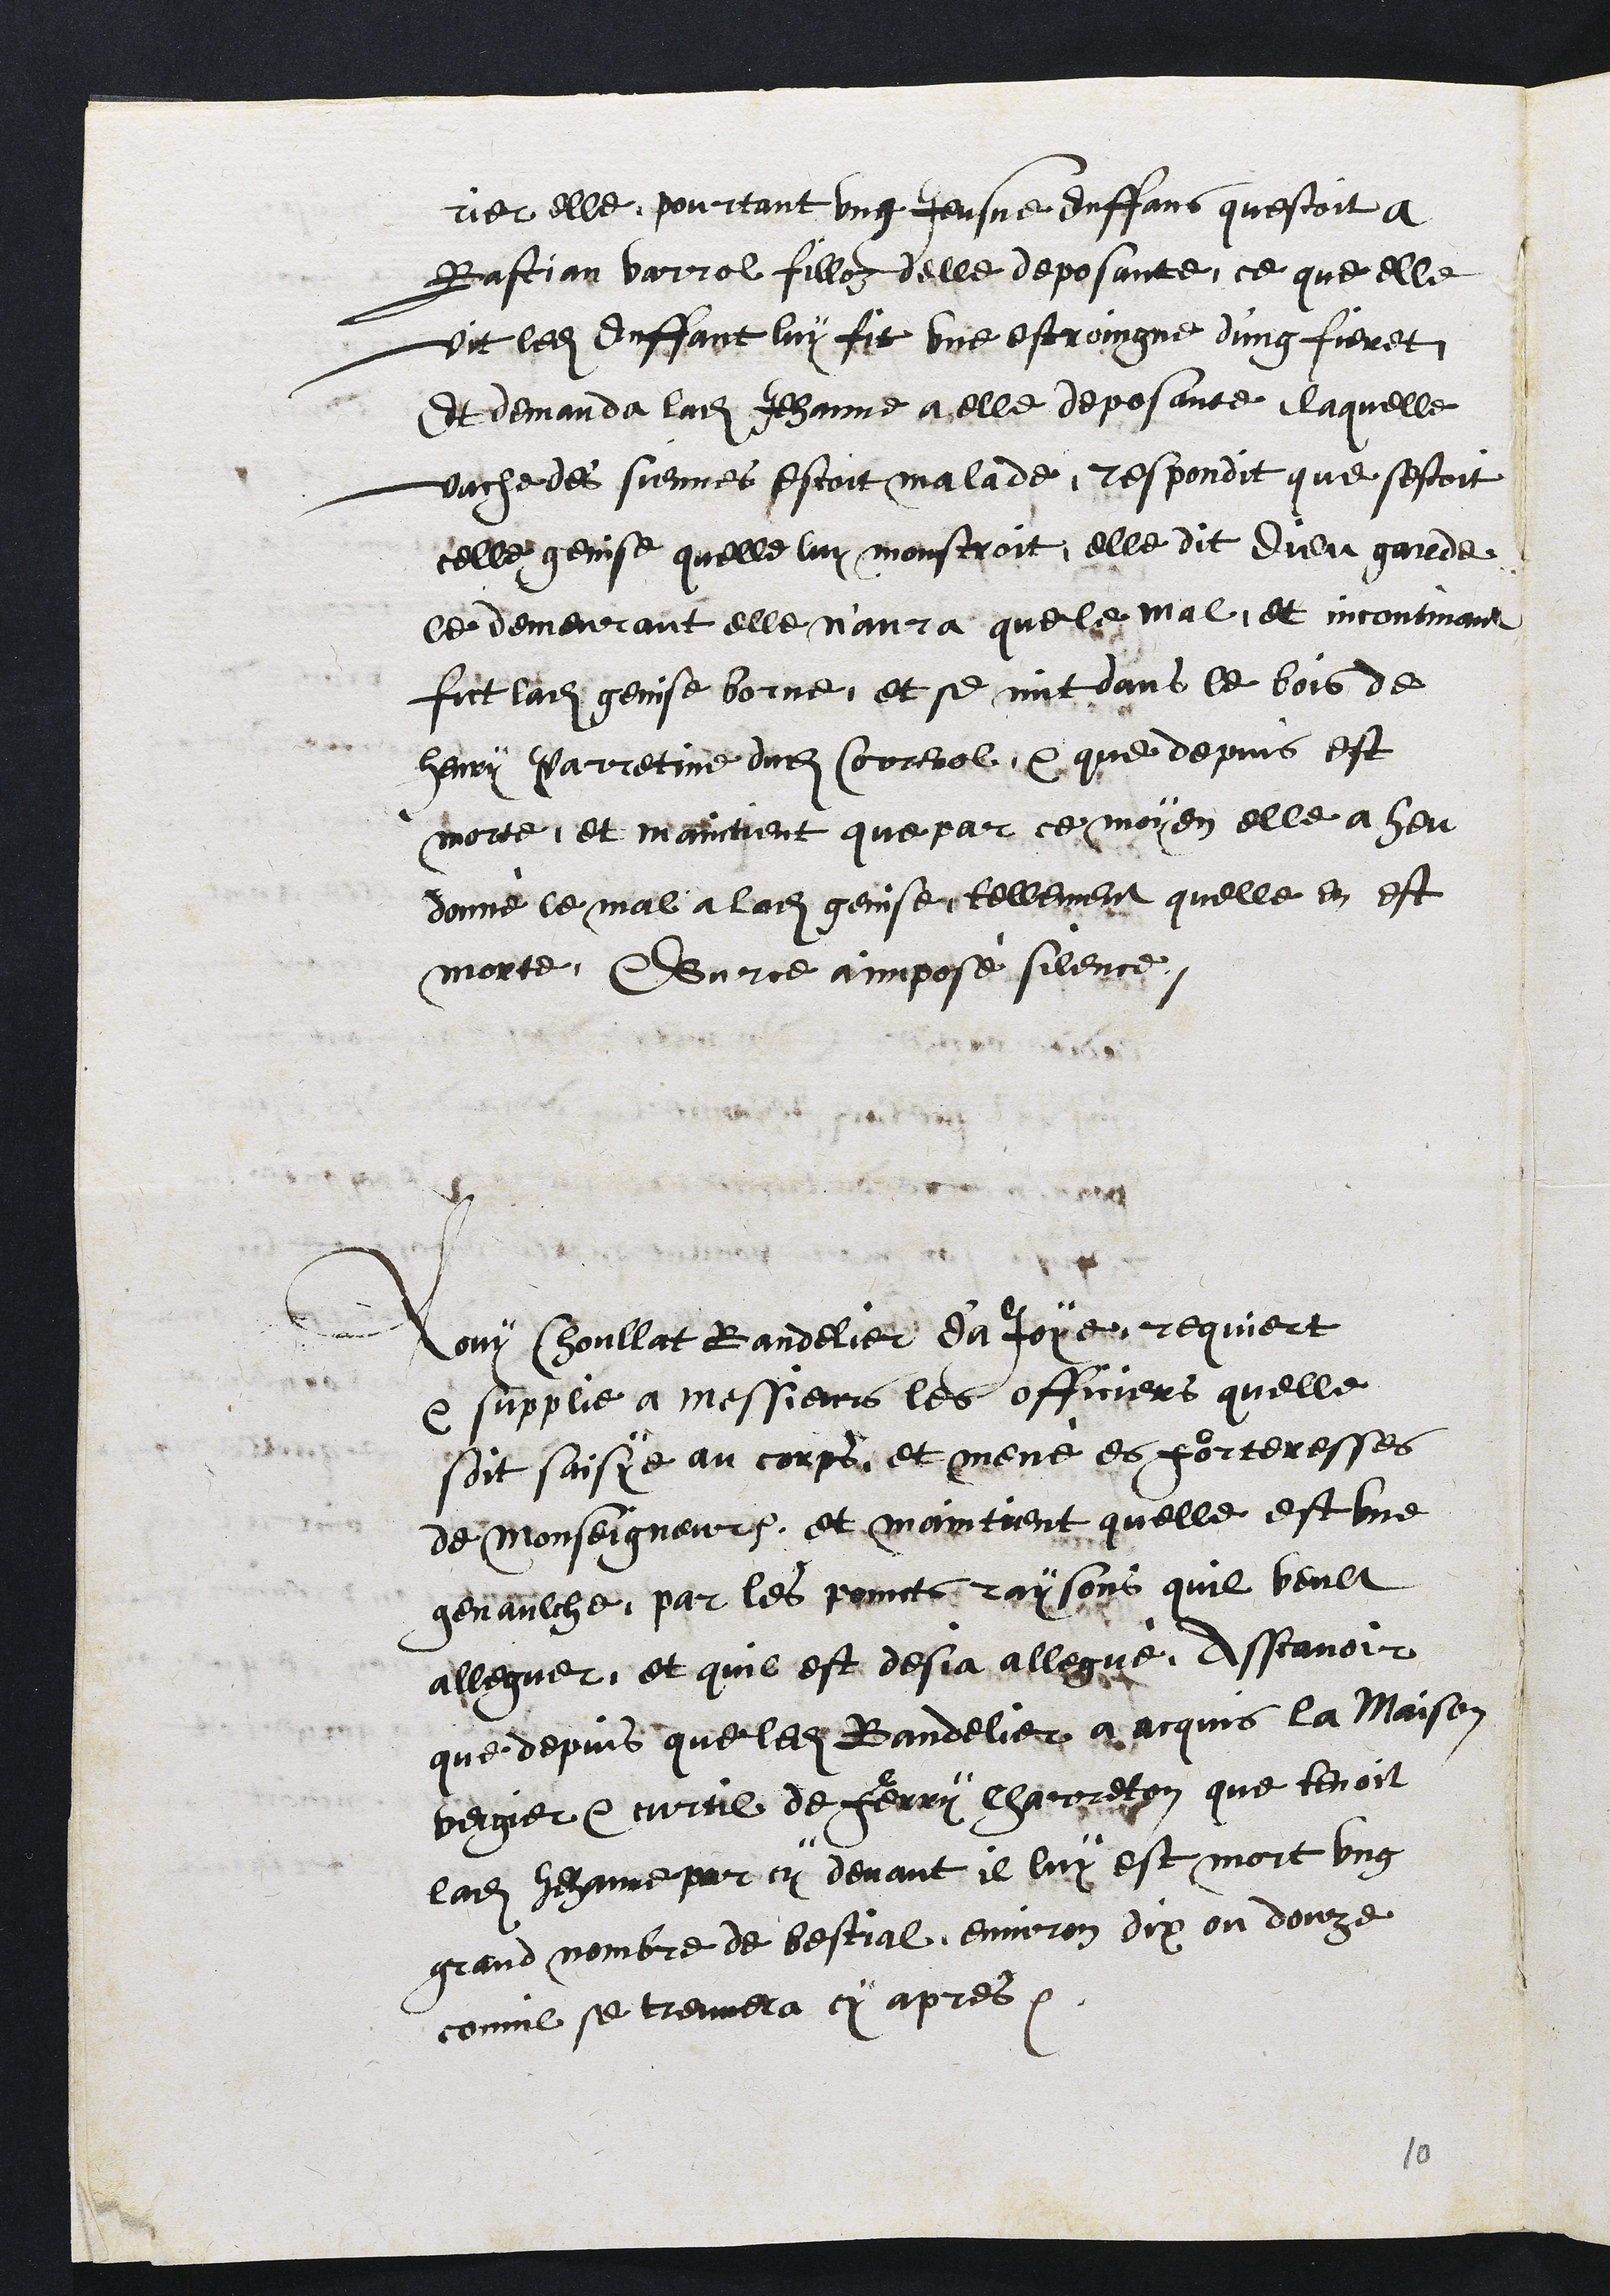
rier elle, pourtant ung Jeusne enffans questoit à
Bastian varrol fillon delle deposante, ce que elle
vit ledit enffant luy fit une estroingne d'ung fieret
Et demanda ladite Jehanne a elle deposante, laquelle
vache des siennes estoit malade, respondit que sestoit
celle genise quelle lui monstroit, elle dit dieu garde
ce demeurant elle n'aura que le mal, et incontinant
fict ladite genise borne, et se mit dans le bois de
Henry Parretine dudit Correnol, et que depuis est
morte, et maintient que par ce moyen elle a heu
donné le mal a ladite genise tellement quelle en est
morte. Surce aimpose silence,
Lomr Coullat Randelier da Joye requiert
e supplie a messieurs les officiers quelle
soit saisie au corps et mene es forteresses
de Monseigneurs, et maintient quelle est ue
genaulche, par les princts raysons quil beult
alleguer, et quil est desja allegue, Asscavoir
que depuis que ledit Bandelier Jacquis la Maison
vergier Ccurtil de Henry Charreton que tenoit
ladite Jehanne par cy devant il luy est mort ung
grand nombre de bestial, environ dix ou douze
comme se treuvera cy apres.

10